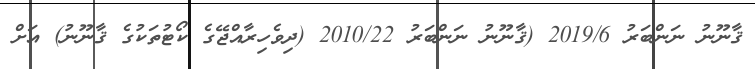
ޤާނޫނު ނަންބަރު 2019/6 (ޤާނޫނު ނަންބަރު 2010/22 (ދިވެހިރާއްޖޭގެ ކޯޓުތަކުގެ ޤާނޫނު) އަށް